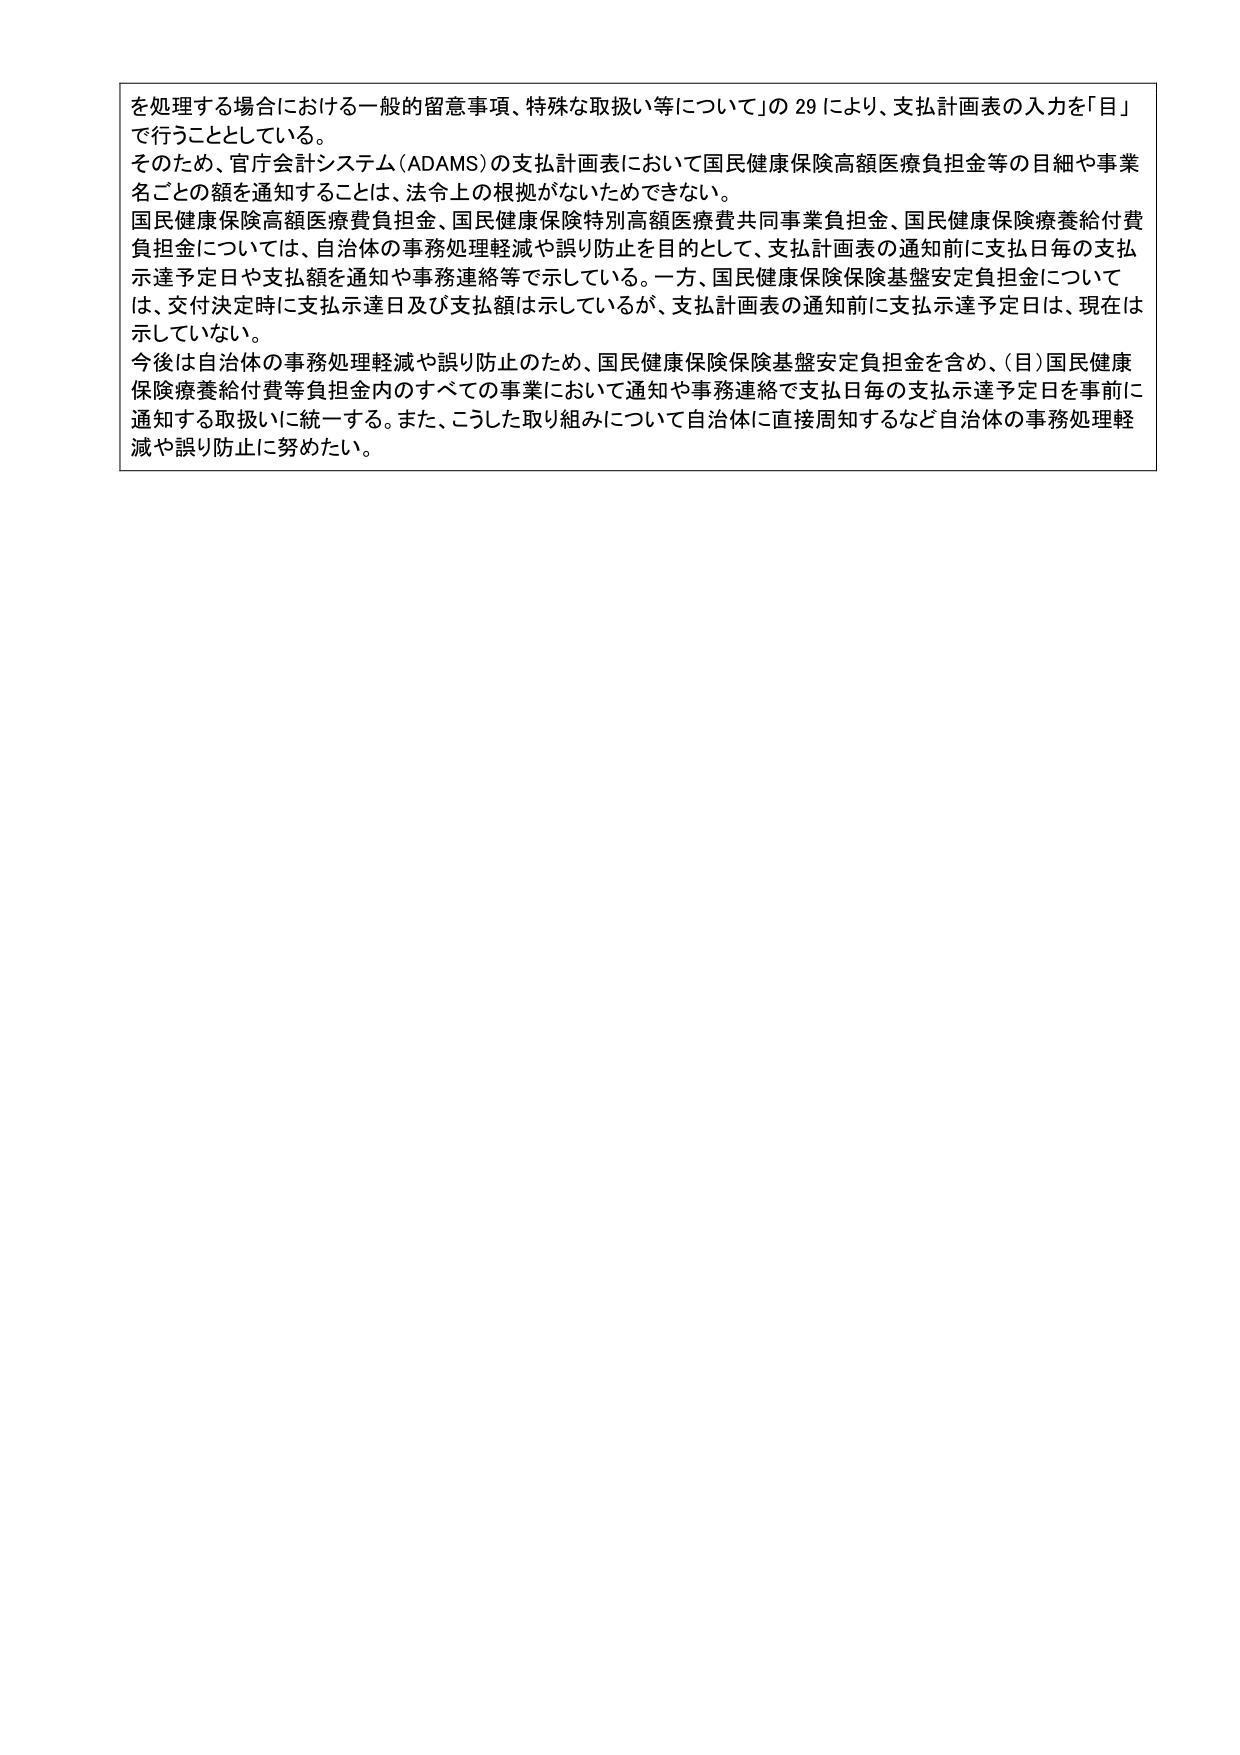
を処理する場合における一般的留意事項、特殊な取扱い等について」の29により、支払計画表の入力を「目」
で行うこととしている。
そのため、官庁会計システム（ADAMS）の支払計画表において国民健康保険高額医療負担金等の目細や事業
名ごとの額を通知することは、法令上の根拠がないためできない。
国民健康保険高額医療費負担金、国民健康保険特別高額医療費共同事業負担金、国民健康保険療養給付費
負担金については、自治体の事務処理軽減や誤り防止を目的として、支払計画表の通知前に支払日毎の支払
示達予定日や支払額を通知や事務連絡等で示している。一方、国民健康保険保険基盤安定負担金について
は、交付決定時に支払示達日及び支払額は示しているが、支払計画表の通知前に支払示達予定日は、現在は
示していない。
今後は自治体の事務処理軽減や誤り防止のため、国民健康保険保険基盤安定負担金を含め、（目）国民健康
保険療養給付費等負担金内のすべての事業において通知や事務連絡で支払日毎の支払示達予定日を事前に
通知する取扱いに統一する。また、こうした取り組みについて自治体に直接周知するなど自治体の事務処理軽
減や誤り防止に努めたい。